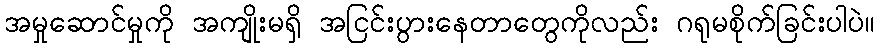
အမှုဆောင်မှုကို အကျိုးမရှိ အငြင်းပွားနေတာတွေကိုလည်း ဂရုမစိုက်ခြင်းပါပဲ။